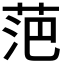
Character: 𮏍